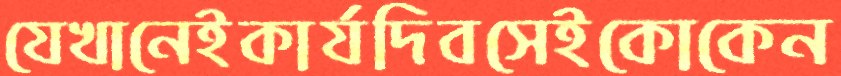
যেখানেইকার্যদিবসেইকোকেন